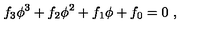
f _ { 3 } \phi ^ { 3 } + f _ { 2 } \phi ^ { 2 } + f _ { 1 } \phi + f _ { 0 } = 0 \ ,